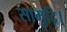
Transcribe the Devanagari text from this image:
सामुद्रि।